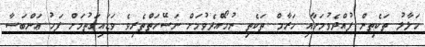
ހަލާލު ތަކެތިން ފުއްދެވުމަށާއި ހަރާމް ތަކެތި ނުހޯއްދެވުމަށް ނަސޭހަތްތެރިވެ ވަޑައިގަތުމަށް ފަހު ޢަންބަސާ